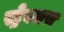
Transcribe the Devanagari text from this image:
स्ट्रेबलस